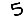
Digit: 5